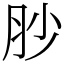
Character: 䏚